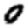
Digit: 0